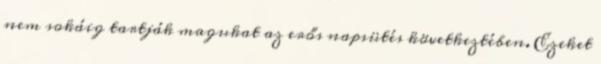
nem sokáig tartják magukat az erős napsütés következtében. Ezeket